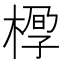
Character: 𰘆